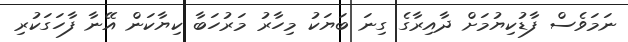
ނަމަވެސް ފާޑުކިޔުމަށް ދާއިރާގެ ގިނަ ބަޔަކު މިހާރު މަރުހަބާ ކިޔާކަން އޭނާ ފާހަގަކުރި